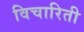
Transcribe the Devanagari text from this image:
विचारिती